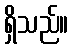
ရှိသည်။